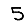
Digit: 5